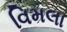
વિમલા